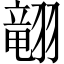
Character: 𱻢